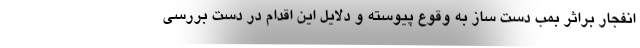
انفجار براثر بمب دست ساز به وقوع پیوسته و دلایل این اقدام در دست بررسی